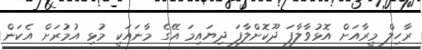
ރާހިލް މީރާއަށް އޮޅުވާލާފަ ދޫކޮށްލާފަ ދިޔައިމަ އޭގެ މާނައަކީ މުޅި އުމުރަށް އެކަން